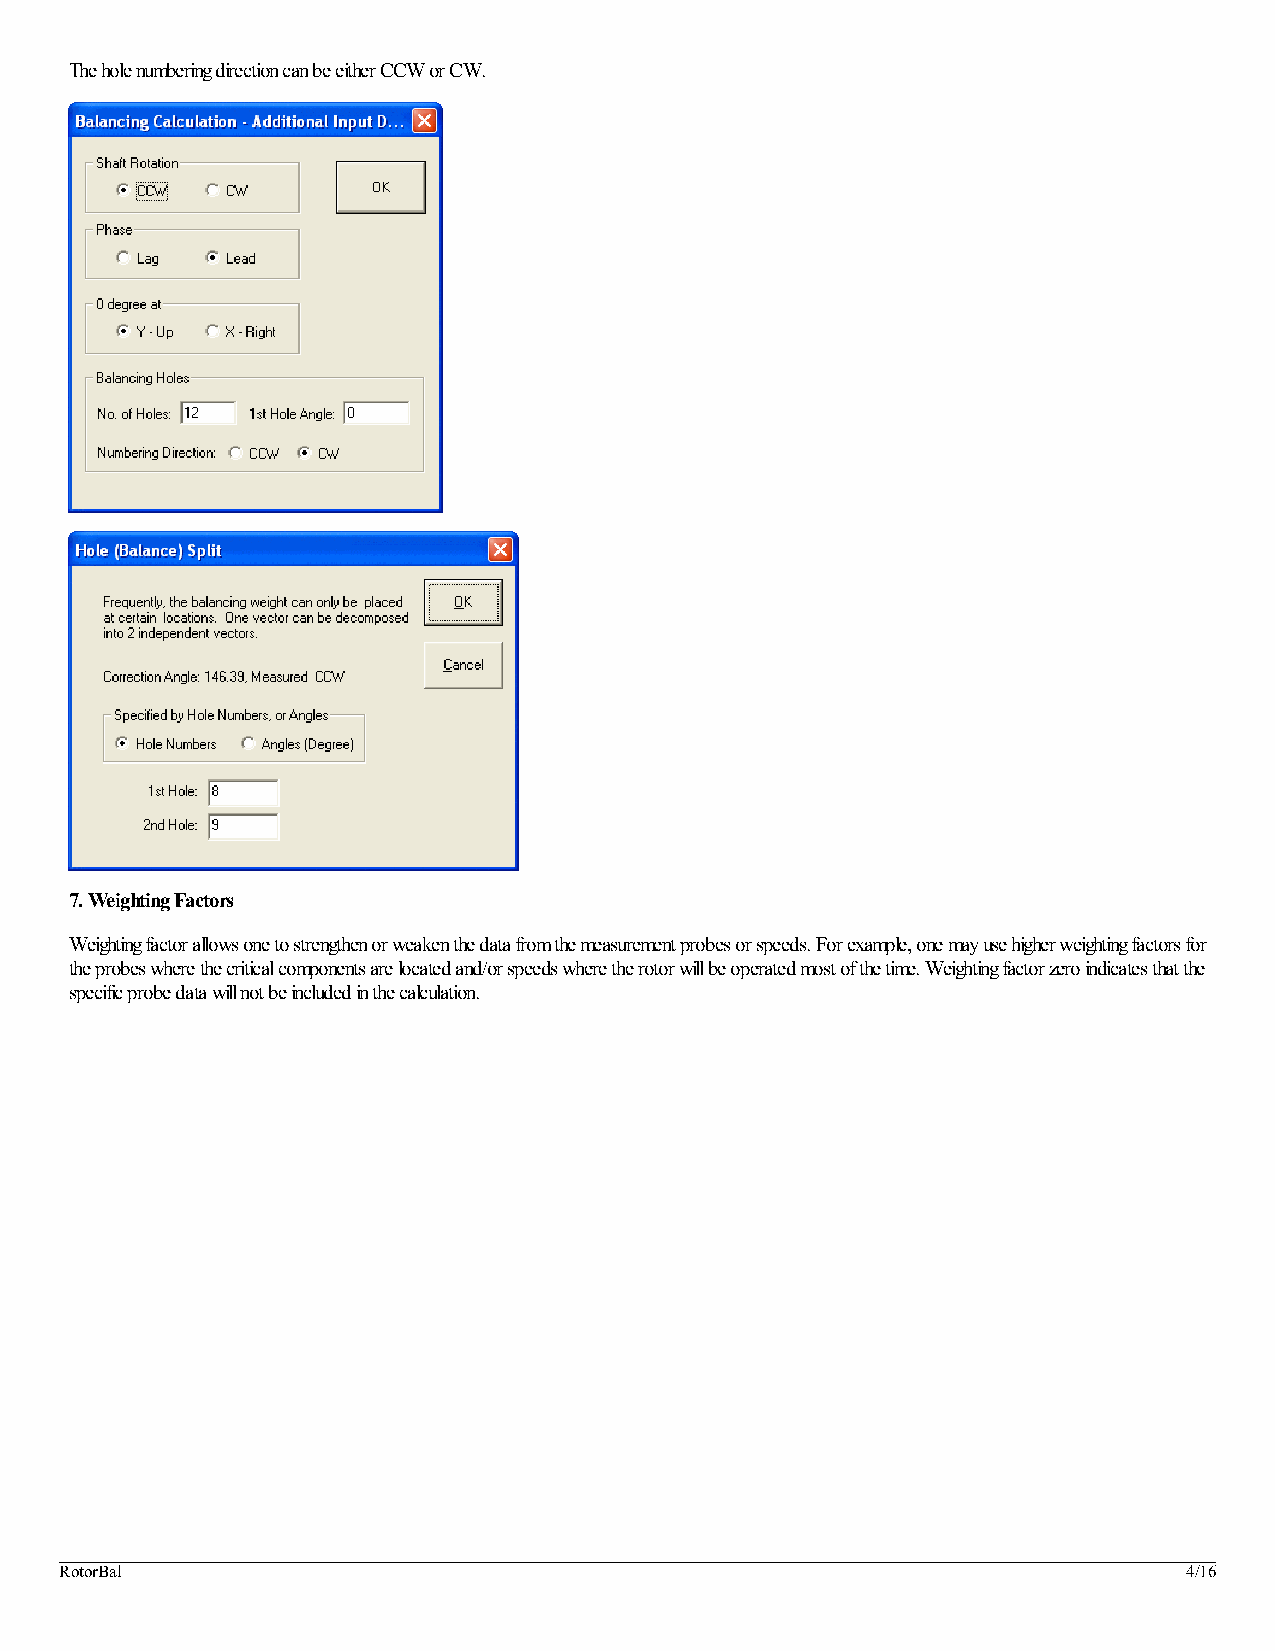
The hole numbering direction can be either CCW or CW.
 7. Weighting Factors
 Weighting factor allows one to strengthen or weaken the data from the measurement probes or speeds. For example, one may use higher weighting factors for
 the probes where the critical components are located and/or speeds where the rotor will be operated most of the time. Weighting factor zero indicates that the
 specific probe data will not be included in the calculation.
 RotorBal                                                                   4/16